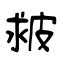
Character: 皳